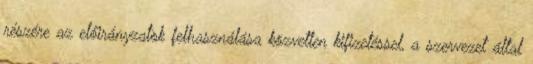
részére az előirányzatok felhasználása közvetlen kifizetéssel, a szervezet által